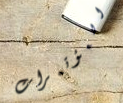
المؤتمرات